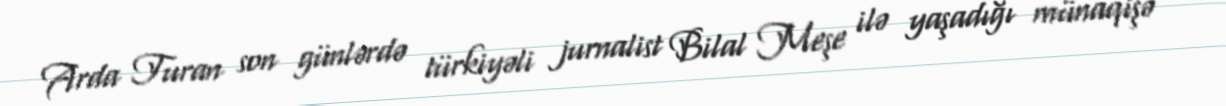
Arda Turan son günlərdə türkiyəli jurnalist Bilal Meşe ilə yaşadığı münaqişə